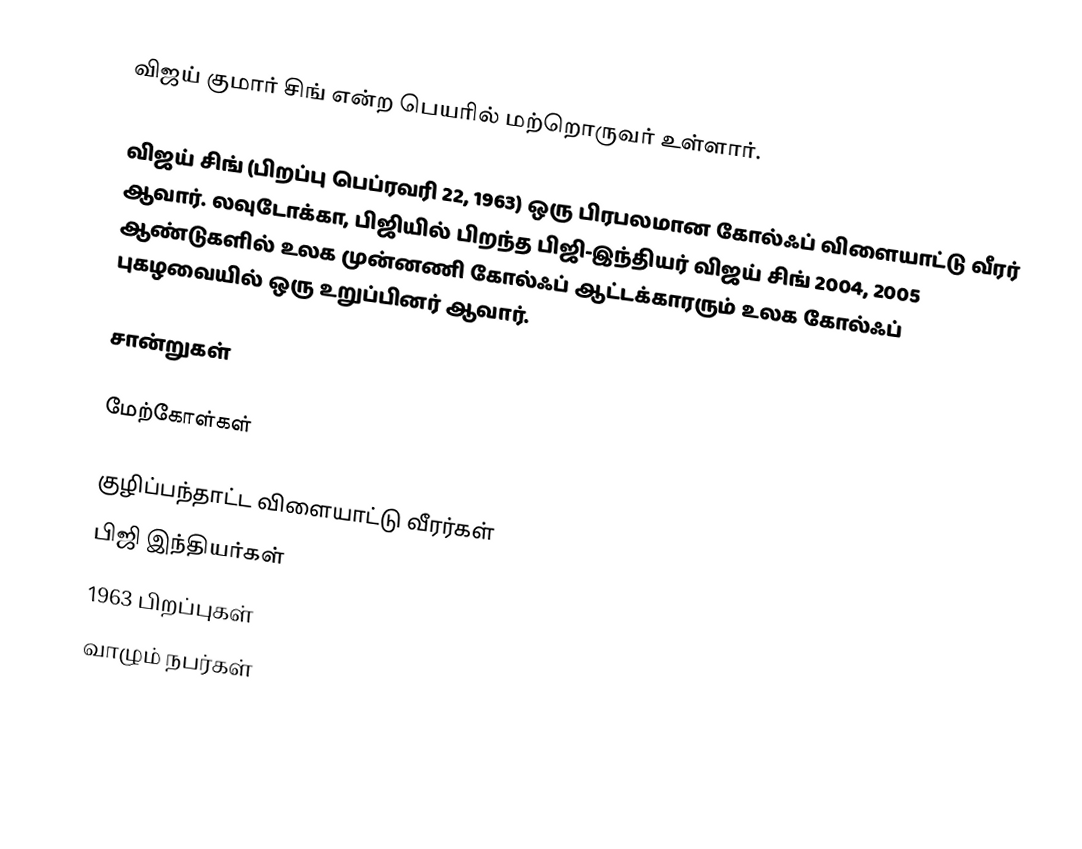
விஜய் குமார் சிங் என்ற பெயரில் மற்றொருவர் உள்ளார்.

விஜய் சிங் (பிறப்பு பெப்ரவரி 22, 1963) ஒரு பிரபலமான கோல்ஃப் விளையாட்டு வீரர் ஆவார். லவுடோக்கா, பிஜியில் பிறந்த பிஜி-இந்தியர் விஜய் சிங் 2004, 2005 ஆண்டுகளில் உலக முன்னணி கோல்ஃப் ஆட்டக்காரரும் உலக கோல்ஃப் புகழவையில் ஒரு உறுப்பினர் ஆவார்.

சான்றுகள்

மேற்கோள்கள்

குழிப்பந்தாட்ட விளையாட்டு வீரர்கள்
பிஜி இந்தியர்கள்
1963 பிறப்புகள்
வாழும் நபர்கள்